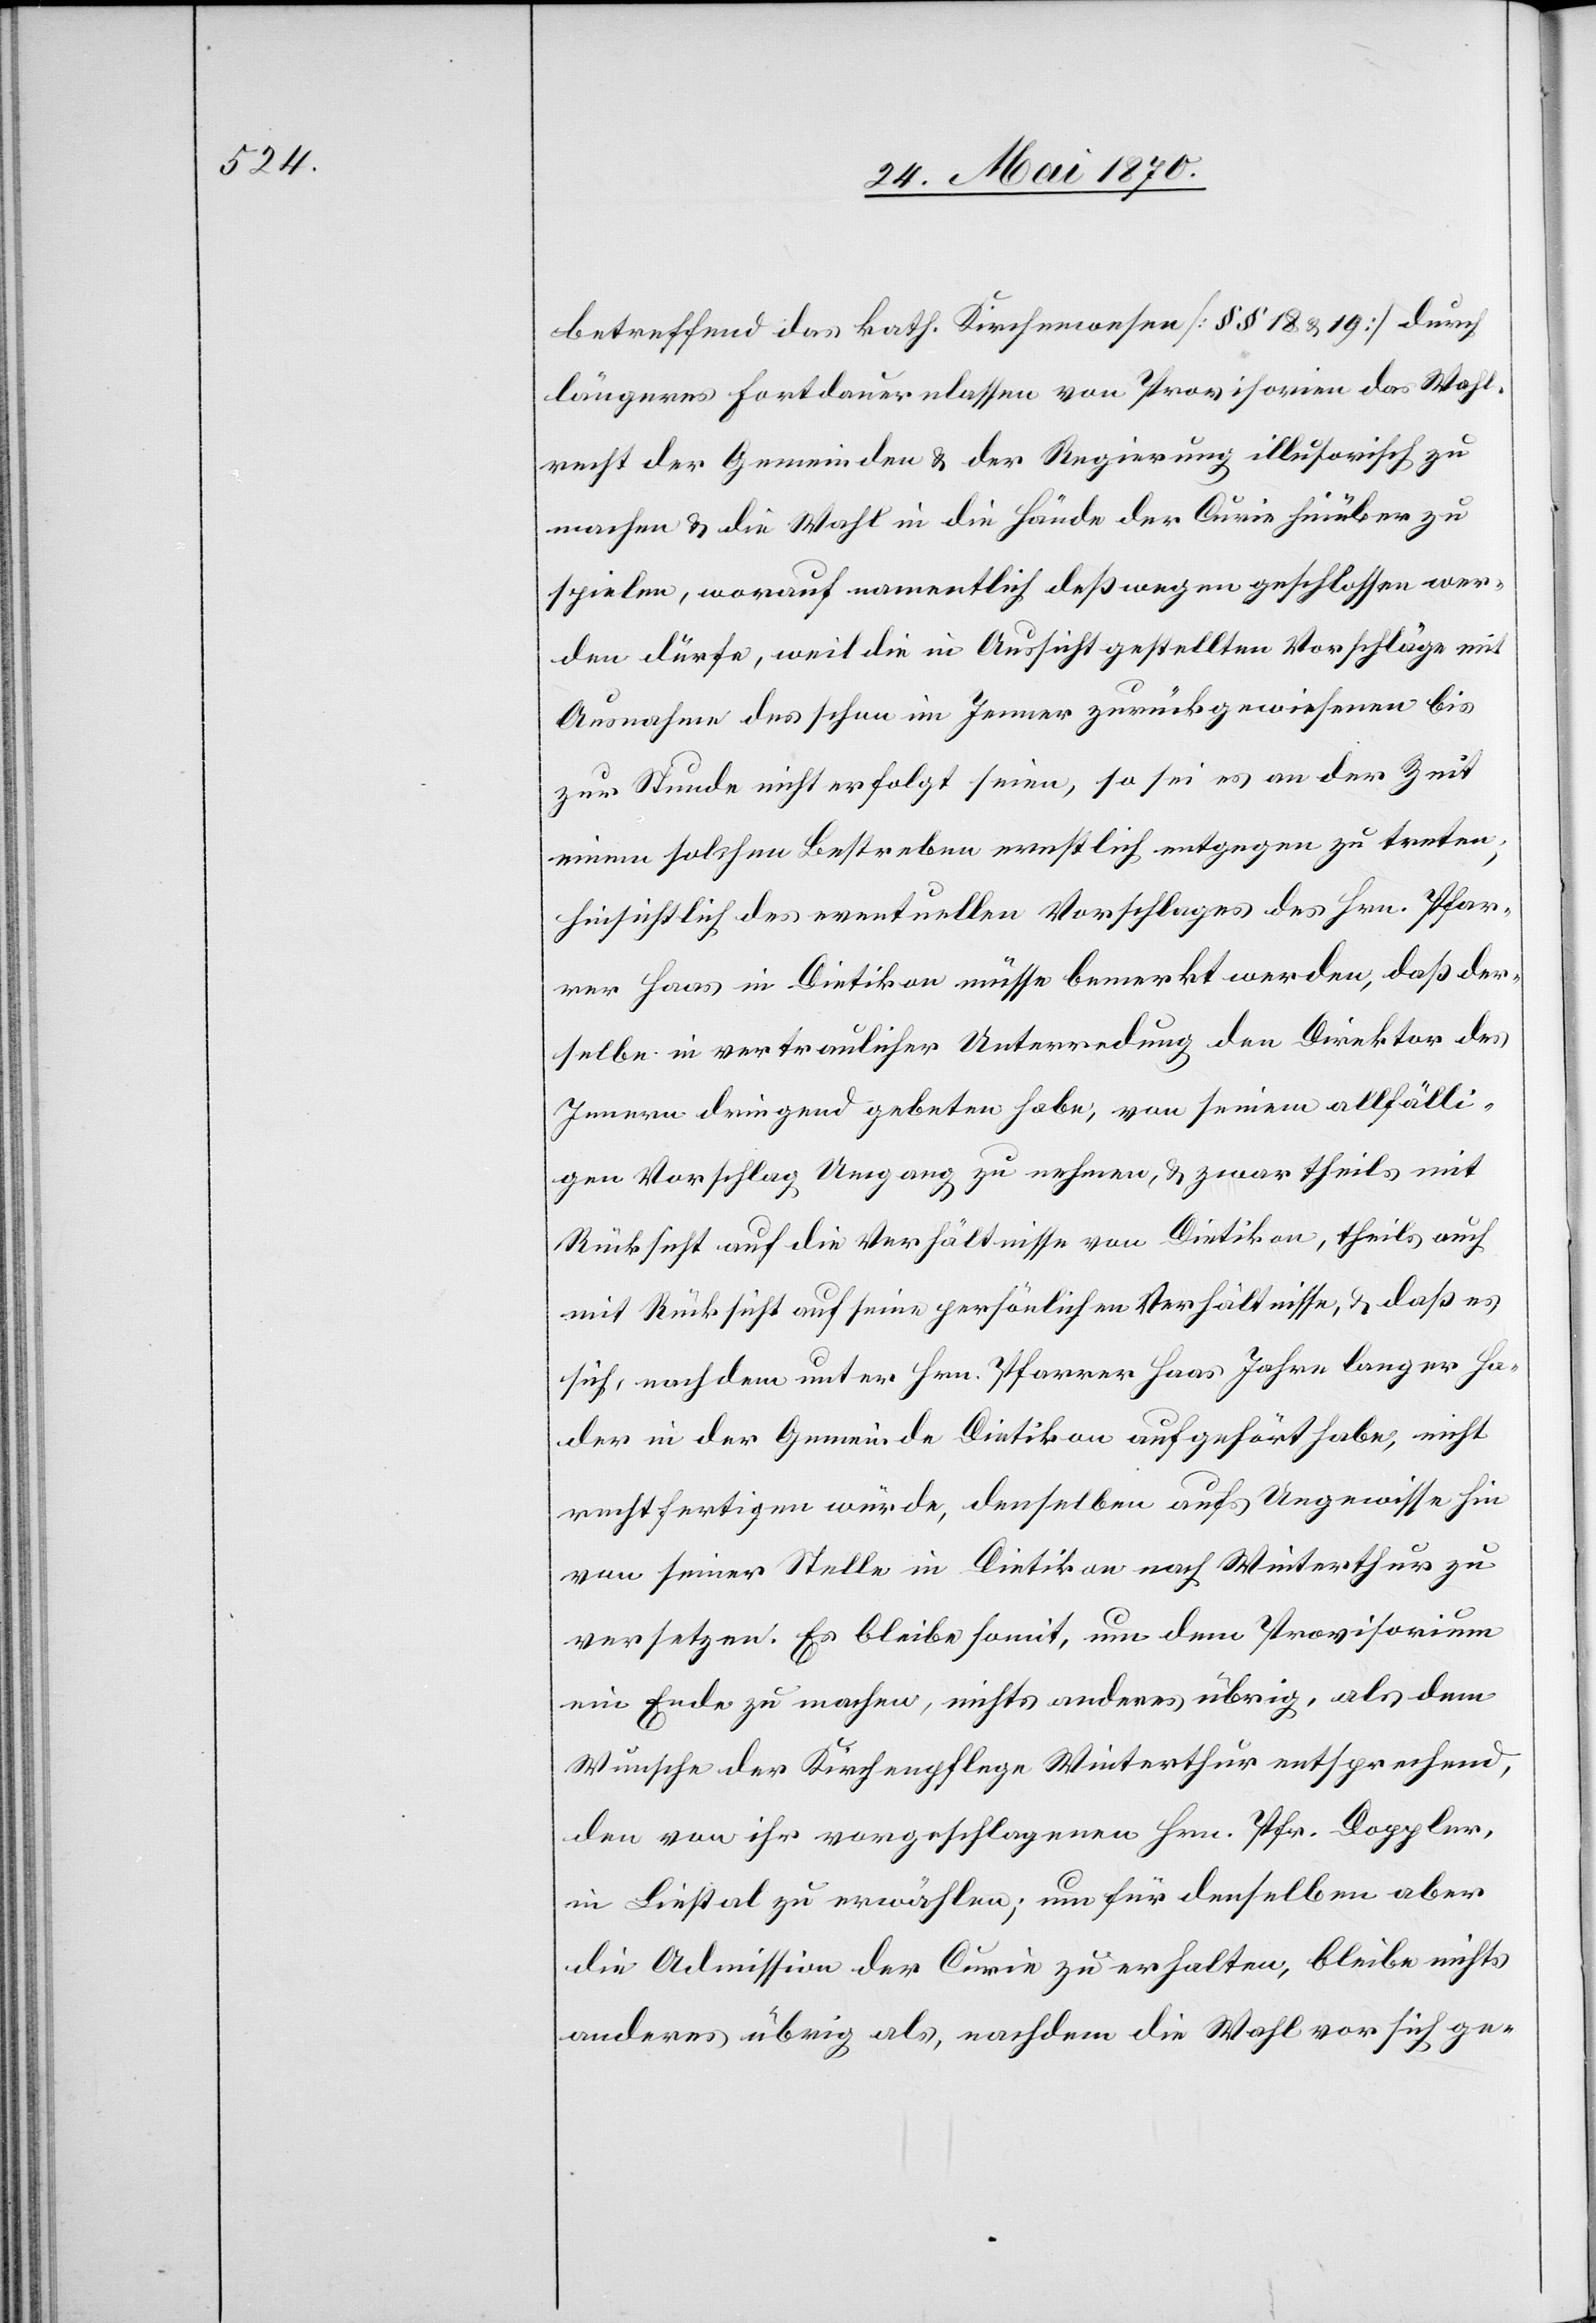
betreffend das kath. Kirchenwesen [§§ 18 & 19] durch
längeres Fortdauernlassen von Provisorien das Wahl¬
recht der Gemeinden & der Regierung illusorisch zu
machen & die Wahl in die Hände der Curie hinüber zu
spielen, worauf namentlich deßwegen geschlossen wer¬
den dürfe, weil die in Aussicht gestellten Vorschläge mit
Ausnahme des schon im Jenner zurückgewiesenen bis
zur Stunde nicht erfolgt seien, so sei es an der Zeit
einem solchen Bestreben ernstlich entgegen zu treten;
hinsichtlich des eventuellen Vorschlages des Hrn. Pfar¬
rer Haas in Dietikon müsse bemerkt werden, daß der¬
selbe in vertraulicher Unterredung den Direktor des
Innern dringend gebeten habe, von seinem allfälli¬
gen Vorschlag Umgang zu nehmen, & zwar theils mit
Rücksicht auf die Verhältnisse von Dietikon, theils auch
mit Rücksicht auf seine persönlichen Verhältnisse, & daß es
sich, nachdem unter Hrn. Pfarrer Haas Jahre langer Ha¬
der in der Gemeinde Dietikon aufgehört habe, nicht
rechtfertigen würde, denselben aufs Ungewisse hin
von seiner Stelle in Dietikon nach Winterthur zu
versetzen. Es bleibe somit, um dem Provisorium
ein Ende zu machen, nichts anderes übrig, als dem
Wunsche der Kirchenpflege Winterthur entsprechend,
den von ihr vorgeschlagenen Hrn. Pfr. Doppler,
in Liestal zu erwählen; um für denselben aber
die Admission der Curie zu erhalten, bleibe nichts
anderes übrig als, nachdem die Wahl vor sich ge-